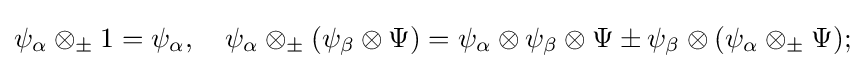
\psi _{\alpha }\otimes _{\pm }1=\psi _{\alpha },\quad \psi _{\alpha }\otimes _{\pm }(\psi _{\beta }\otimes \Psi )=\psi _{\alpha }\otimes \psi _{\beta }\otimes \Psi \pm \psi _{\beta }\otimes (\psi _{\alpha }\otimes _{\pm }\Psi );